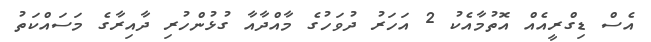
އެސް ޑިގްރީއެއް އޮތުމާއެކު 2 އަހަރު ދުވަހުގެ މާއްދާއާ ގުޅުންހުރި ދާއިރާގެ މަސައްކަތު